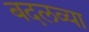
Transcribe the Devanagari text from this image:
बदलव्या